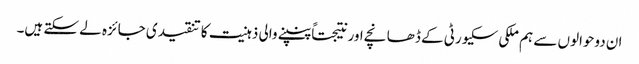
ان دوحوالوں سے ہم ملکی سکیورٹی کے ڈھانچے اور نتیجتاً پنپنے والی ذہنیت کا تنقیدی جائزہ لے سکتے ہیں۔